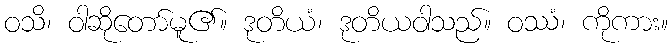
ဝသိ၊ ဝါဆိုတော်မူ၏။ ဒုတိယံ၊ ဒုတိယဝါသည်။ ဝဿံ၊ ကိုကား။